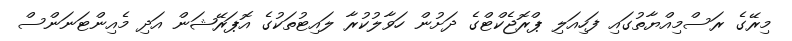
މިރޭގެ ރަސްމިއްޔާތުގައި ފަހިއަލި ޕްރޮޖެކްޓްގެ ދަށުން ހަވާލުކުރާ ލައިޓުތަކުގެ އޮޕަރޭޝަން އަދި މެއިންޓަނަންސް